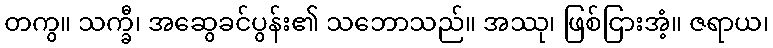
တကွ။ သက္ခီ၊ အဆွေခင်ပွန်း၏ သဘောသည်။ အဿု၊ ဖြစ်ငြားအံ့။ ဇရာယ၊